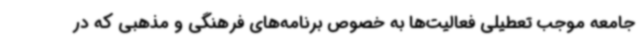
جامعه موجب تعطیلی فعالیت‌ها به خصوص برنامه‌های فرهنگی و مذهبی که در